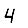
Digit: 4